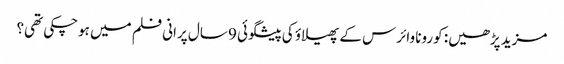
مزید پڑھیں: کورونا وائرس کے پھیلاؤ کی پیشگوئی 9 سال پرانی فلم میں ہوچکی تھی؟